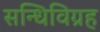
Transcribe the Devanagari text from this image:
सन्धिविग्रह